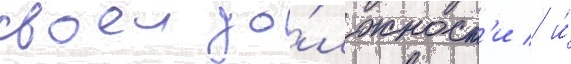
своеи до́лжност'и / и́